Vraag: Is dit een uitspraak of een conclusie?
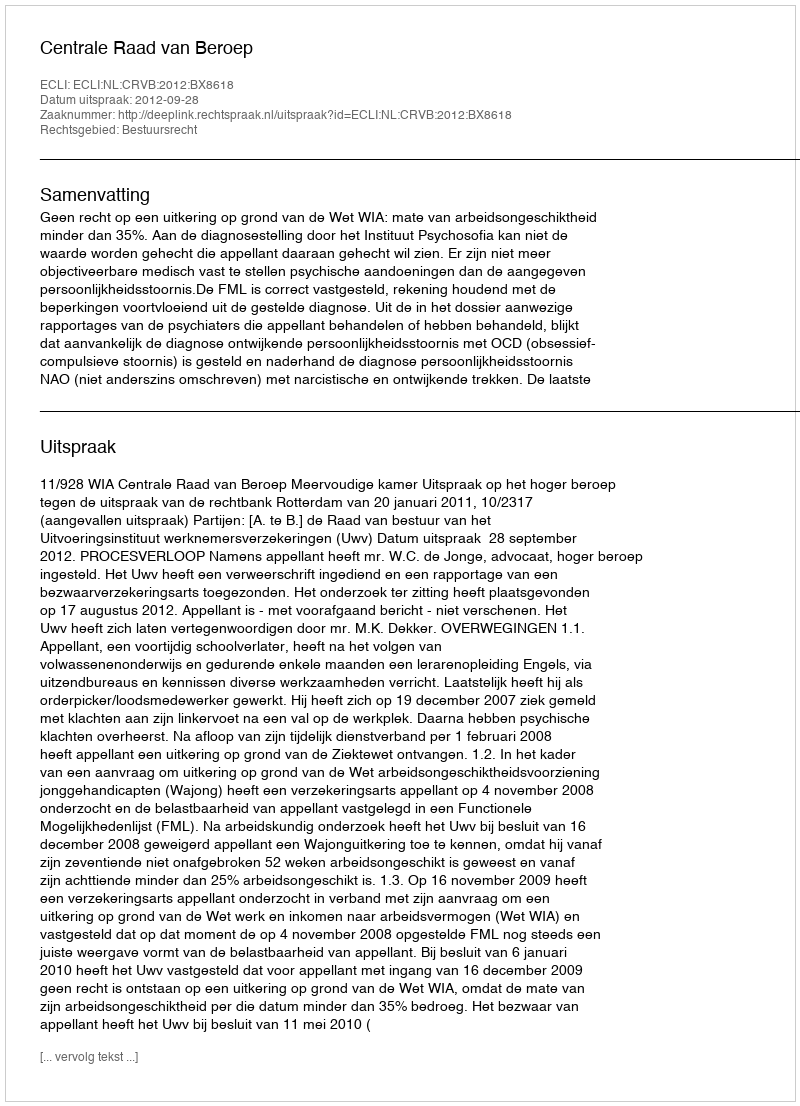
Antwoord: Uitspraak